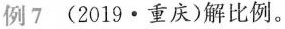
例7 (2019·重庆)解比例。